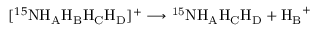
[ ^ { 1 5 } \mathrm { N H _ { A } H _ { B } H _ { C } H _ { D } } ] ^ { + } \longrightarrow \mathrm { ^ { 1 5 } N H _ { A } H _ { C } H _ { D } } + \mathrm { H _ { B } } ^ { + }